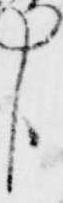
臣